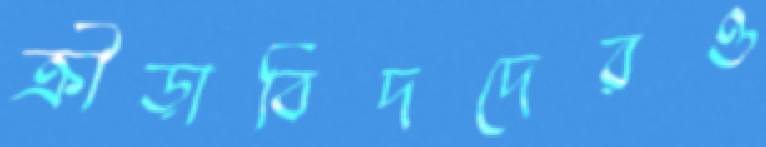
ক্রীড়াবিদদেরও